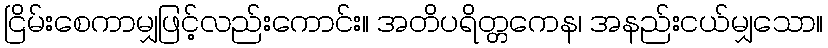
ငြိမ်းစေကာမျှဖြင့်လည်းကောင်း။ အတိပရိတ္တကေန၊ အနည်းငယ်မျှသော။